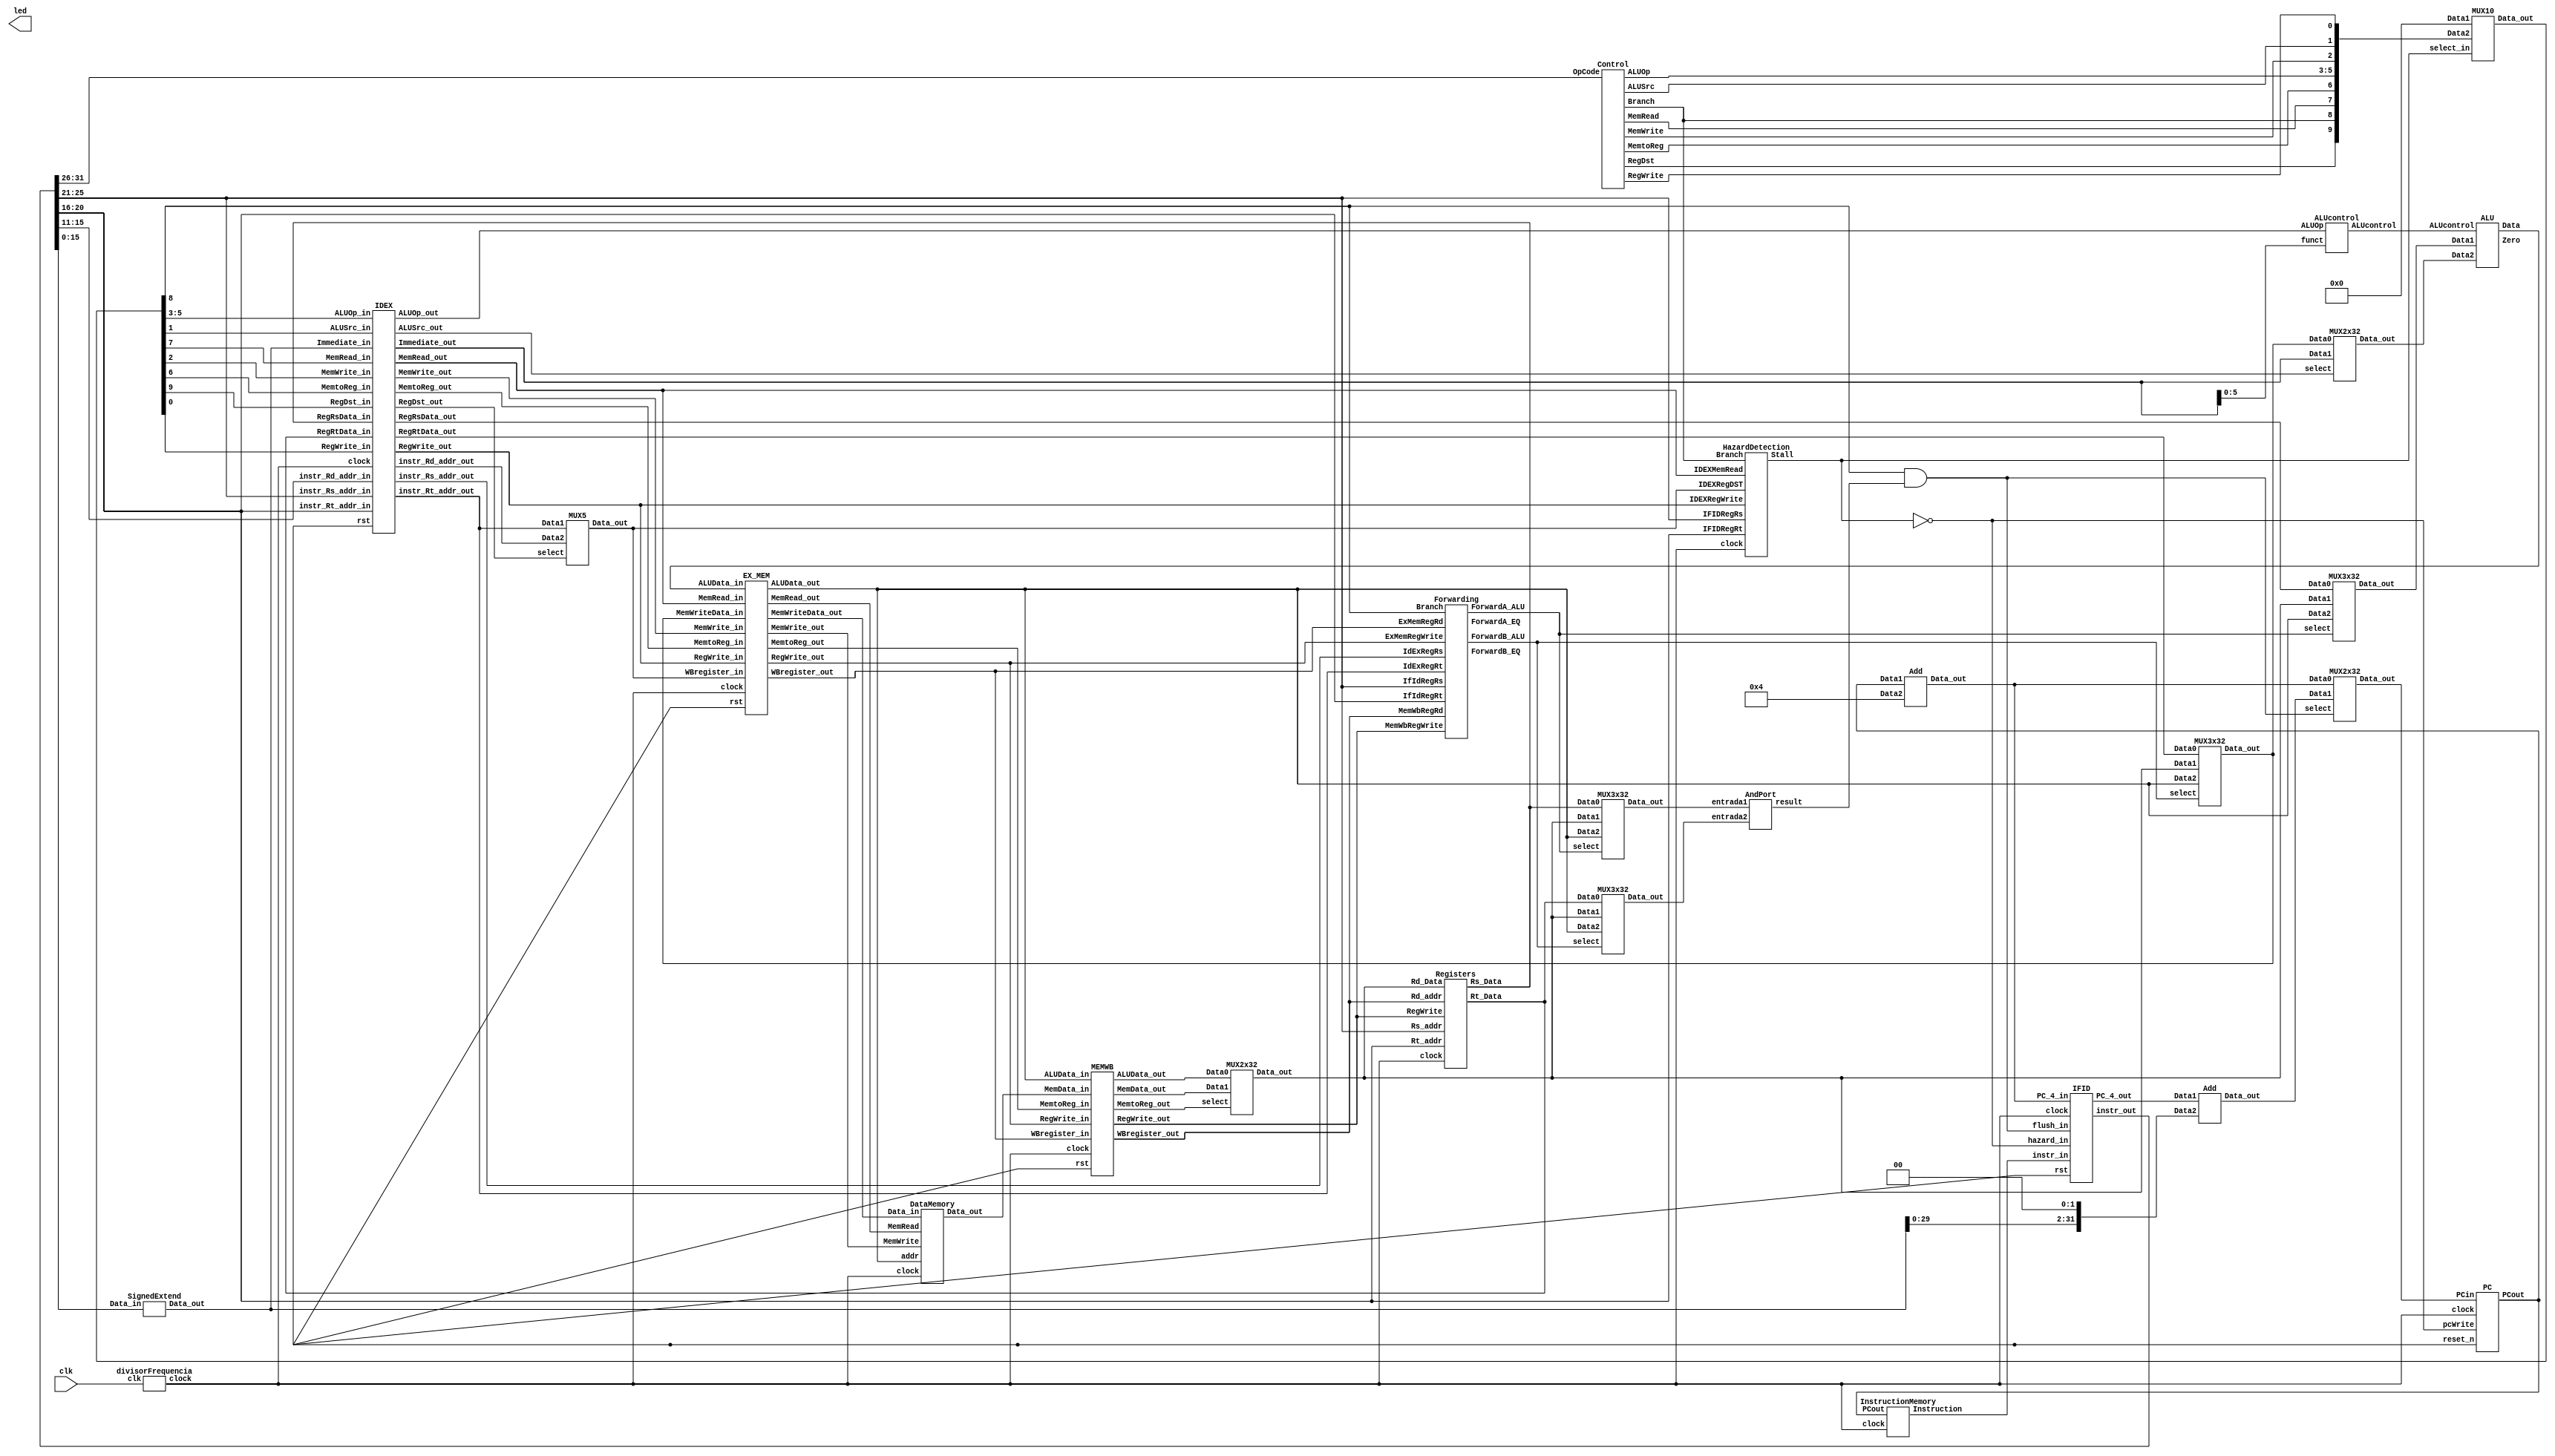
module main(clk,led);
	input clk;
   wire clock;
	reg reset_n;
	wire Branch_Zero,PCWrite;
	wire [1:0] ForwardA_ALU,ForwardB_ALU,ForwardA_EQ,ForwardB_EQ;
	wire [2:0] ALUOp_ID,ALUOp_EX,ALUcontrol;
	wire [4:0] mux_RegDST_EX,mux_RegDST_WB,mux_RegDST_MEM;
	wire [9:0] Ctrl_Code;
	wire [31:0] PC_4_IF,PC_Offset,mux_Branch,pc,Instr_IF,PC_4_ID,Instr_ID,Rs_Data_ID;
	wire [31:0] Rt_Data_ID,Offset,mux_MemtoReg,Immediate_ID,Immediate_EX,Instr_EX;
	wire [31:0] mux_ALUSrc,Rs_Data_EX,Rt_Data_EX,ALUResult_MEM,muxA_ALUsrc,muxB_ALUsrc,ALUResult_EX;
	wire [31:0] muxA_EQsrc,muxB_EQsrc,Rt_Data_MEM,MemData_MEM,MemData_WB,ALUResult_WB;
	wire IFIDWrite,Stall,RegDST_ID,Branch,MemRead_ID,MemtoReg_ID,MemWrite_ID,ALUSrc_ID,RegWrite_ID;
	wire Branch_Taken,RegWrite_EX,MemtoReg_EX;
	wire MemRead_EX,MemWrite_EX,ALUSrc_EX,RegDST_EX,Zero,RegWrite_MEM,MemtoReg_MEM;
	wire MemRead_MEM,MemWrite_MEM,RegWrite_WB,MemtoReg_WB;
       
        output [10:0]led;
	assign led[0] =PCWrite;
   assign led[1] =Branch_Zero;
	assign led[2] =RegWrite_WB;
	assign led[3] =ForwardA_ALU;
	assign led[4] =MemRead_ID;
	assign led[5] =Branch_Taken;
   assign led[6] =RegWrite_EX;        
	assign led[7] =MemtoReg_ID;
	assign led[8] =MemtoReg_EX;
	assign led[9] =clock;
	assign led[10]=ALUResult_EX;
       
	divisorFrequencia divisorFrequencia(clk, clock);
	MUX2x32 MUXBranch(.Data0(PC_4_IF),.Data1(PC_Offset),.select(Branch_Zero),.Data_out(mux_Branch));
	MUX10 ControlStall(.Data1(10'b0),.Data2(Ctrl_Code),.select_in(Stall),.Data_out({RegDST_ID,Branch,MemRead_ID,MemtoReg_ID,ALUOp_ID,MemWrite_ID,ALUSrc_ID,RegWrite_ID}));
	MUX3x32 MUX1EQ(.Data0(Rs_Data_ID),.Data1(mux_MemtoReg),.Data2(ALUResult_MEM),.select(ForwardA_ALU),.Data_out(muxA_EQsrc));
	MUX3x32 MUX2EQ(.Data0(Rt_Data_ID),.Data1(mux_MemtoReg),.Data2(ALUResult_MEM),.select(ForwardB_ALU),.Data_out(muxB_EQsrc));
	MUX5 MUXRegDst(.Data1(Instr_EX[20:16]),.Data2(Instr_EX[15:11]),.select(RegDST_EX),.Data_out(mux_RegDST_EX));
	MUX2x32 MUXALUSrc(.Data0(muxB_ALUsrc),.Data1(Immediate_EX),.select(ALUSrc_EX),.Data_out(mux_ALUSrc));
	MUX3x32 MUX1ALU(.Data0(Rs_Data_EX),.Data1(mux_MemtoReg),.Data2(ALUResult_MEM),.select(ForwardA_ALU),.Data_out(muxA_ALUsrc));
	MUX3x32 MUX2ALU(.Data0(Rt_Data_EX),.Data1(mux_MemtoReg),.Data2(ALUResult_MEM),.select(ForwardB_ALU),.Data_out(muxB_ALUsrc));
	MUX2x32 MUXMemtoReg(.Data0(ALUResult_WB),.Data1(MemData_WB),.select(MemtoReg_WB),.Data_out(mux_MemtoReg));
	
	
	ALUcontrol ALUcontrol_test(.funct(Immediate_EX[5:0]),.ALUOp(ALUOp_EX),.ALUcontrol(ALUcontrol));
	ALU ALU_test(.Data1(muxA_ALUsrc),.Data2(mux_ALUSrc),.ALUcontrol(ALUcontrol),.Data(ALUResult_EX),.Zero(Zero));
	Add Add_test(.Data1(pc),.Data2(32'd4),.Data_out(PC_4_IF));
	AndPort And_test(.entrada1(muxA_EQsrc),.entrada2(muxB_EQsrc),.result(Branch_Taken));
	Add PC_Add_Offset(.Data1(PC_4_ID),.Data2(Offset),.Data_out(PC_Offset));
	Control Control_test(.OpCode(Instr_ID[31:26]),.RegDst(Ctrl_Code[9]),.Branch(Ctrl_Code[8]),.MemRead(Ctrl_Code[7]),.MemtoReg(Ctrl_Code[6]),.ALUOp(Ctrl_Code[5:3]),.MemWrite(Ctrl_Code[2]),.ALUSrc(Ctrl_Code[1]),.RegWrite(Ctrl_Code[0]));
	DataMemory DataMemory_test(.clock(clock),.addr(ALUResult_MEM),.Data_in(Rt_Data_MEM),.MemRead(MemRead_MEM),.MemWrite(MemWrite_MEM),.Data_out(MemData_MEM));
	InstructionMemory InstructionMemory_test(pc,Instr_IF,clock);
	IFID IFID_test(.clock(clock),.rst(reset_n),.PC_4_in(PC_4_IF),.instr_in(Instr_IF),.hazard_in(~Stall),.flush_in(Branch_Zero),.PC_4_out(PC_4_ID),.instr_out(Instr_ID));
	Registers Registers_test(.clock(clock),.Rs_addr(Instr_ID[25:21]),.Rt_addr(Instr_ID[20:16]),.Rd_addr(mux_RegDST_WB),.Rd_Data(mux_MemtoReg),.RegWrite(RegWrite_WB), .Rs_Data(Rs_Data_ID),.Rt_Data(Rt_Data_ID));
	SignedExtend SignedExtend_test(.Data_in(Instr_ID[15:0]),.Data_out(Immediate_ID));
	Forwarding Forwarding_test(.IfIdRegRs(Instr_ID[25:21]),.IfIdRegRt(Instr_ID[20:16]),.IdExRegRs(Instr_EX[25:21]),.IdExRegRt(Instr_EX[20:16]),.ExMemRegWrite(RegWrite_MEM),
			.ExMemRegRd(mux_RegDST_MEM),.MemWbRegWrite(RegWrite_WB),.MemWbRegRd(mux_RegDST_WB),.Branch(Branch),.ForwardA_ALU(ForwardA_ALU),.ForwardB_ALU(ForwardB_ALU),
			.ForwardA_EQ(ForwardA_EQ),.ForwardB_EQ(ForwardB_EQ));
	HazardDetection HazardDetection_test(.IFIDRegRs(Instr_ID[25:21]),.IFIDRegRt(Instr_ID[20:16]),.IDEXMemRead(MemRead_EX),.IDEXRegDST(mux_RegDST_EX),.Branch(Ctrl_Code[8]),.IDEXRegWrite(RegWrite_EX),.Stall(Stall),.clock(clock));
	PC PC(.clock(clock),.reset_n(reset_n),.PCin(mux_Branch),.PCout(pc),.pcWrite(~Stall));
	IDEX IDEX(.clock(clock),.rst(reset_n),.RegWrite_in(RegWrite_ID),.MemtoReg_in(MemtoReg_ID),.MemRead_in(MemRead_ID),.MemWrite_in(MemWrite_ID),.ALUSrc_in(ALUSrc_ID),
			.ALUOp_in(ALUOp_ID),.RegDst_in(RegDST_ID),.RegRsData_in(Rs_Data_ID),.RegRtData_in(Rt_Data_ID),.Immediate_in(Immediate_ID),.instr_Rs_addr_in(Instr_ID[25:21]),
			.instr_Rt_addr_in(Instr_ID[20:16]),.instr_Rd_addr_in(Instr_ID[15:11]),.RegWrite_out(RegWrite_EX),.MemtoReg_out(MemtoReg_EX),.MemRead_out(MemRead_EX),
			.MemWrite_out(MemWrite_EX),.ALUSrc_out(ALUSrc_EX),.ALUOp_out(ALUOp_EX),.RegDst_out(RegDST_EX),.RegRsData_out(Rs_Data_EX),.RegRtData_out(Rt_Data_EX),
			.Immediate_out(Immediate_EX),.instr_Rs_addr_out(Instr_EX[25:21]),.instr_Rt_addr_out(Instr_EX[20:16]),.instr_Rd_addr_out(Instr_EX[15:11]));
	
	EX_MEM EX_MEM_test(.clock(clock),.rst(reset_n),.RegWrite_in(RegWrite_EX),.MemtoReg_in(MemtoReg_EX),.MemRead_in(MemRead_EX),.MemWrite_in(MemWrite_EX),.ALUData_in(ALUResult_EX),
			.MemWriteData_in(muxB_ALUsrc),.WBregister_in(mux_RegDST_EX),.RegWrite_out(RegWrite_MEM),.MemtoReg_out(MemtoReg_MEM),.MemRead_out(MemRead_MEM),
			.MemWrite_out(MemWrite_MEM),.ALUData_out(ALUResult_MEM),.MemWriteData_out(Rt_Data_MEM),.WBregister_out(mux_RegDST_MEM));
	MEMWB MEMWB_test(.clock(clock),.rst(reset_n),.RegWrite_in(RegWrite_MEM),.MemtoReg_in(MemtoReg_MEM),.MemData_in(MemData_MEM),.ALUData_in(ALUResult_MEM),.WBregister_in(mux_RegDST_MEM),
			.RegWrite_out(RegWrite_WB),.MemtoReg_out(MemtoReg_WB),.MemData_out(MemData_WB),.ALUData_out(ALUResult_WB),.WBregister_out(mux_RegDST_WB));
	
	
	assign Offset=Immediate_ID << 2;
	assign Branch_Zero=Branch & Branch_Taken;
	
	
endmodule

module divisorFrequencia (input wire clk, output reg clock = 0);

	reg [31:0] cont = 0;

	always @ (posedge clk)
	begin
		cont = cont + 1;
		
		if(cont == 50000000)
		begin
			clock = ~clock;
			cont = 0;
		end
	end

endmodule

module Control(OpCode, RegDst, Branch, MemRead, MemtoReg, ALUOp, MemWrite, ALUSrc, RegWrite);
	input [5:0] OpCode;
	output RegDst,Branch,MemRead,MemtoReg,MemWrite,ALUSrc,RegWrite;
	output [2:0] ALUOp;
	reg [9:0] out;
   
	assign RegDst = out[9];
	assign Branch = out[8];
	assign MemRead = out[7];
	assign MemtoReg = out[6];
	assign MemWrite = out[5];
	assign ALUSrc = out[4];
	assign RegWrite = out[3];
	assign ALUOp = out[2:0];
   
	always @(OpCode)
		case(OpCode)
			6'b000000: //TIPO R
				out = 10'b1000001100;
			6'b001000: //TIPO Addi
				out = 10'b0000011010;
			6'b001100: //TIPO  Andi
				out = 10'b0000011000;
			6'b001101: //TIPO ORi
				out = 10'b0000011001;
			6'b101011: //TIPO SW
				out = 10'b0000110010;
			6'b100011: //TIPO LW
				out = 10'b0011011010;
			6'b000100: //TIPO BEQ
				out = 10'b0100000011;
		endcase 
endmodule

module ALU(Data1, Data2, ALUcontrol, Data, Zero);
	input [31:0] Data1,Data2;
	input [2:0] ALUcontrol;
	output [31:0] Data;
	output Zero;
	reg [31:0] Data;
	reg Zero;

	always @(Data1 or Data2 or ALUcontrol)begin
	if (~ALUcontrol[2] & ALUcontrol[1] & ~ALUcontrol[0])begin
		Data = Data1 + Data2;
		if (Data == 32'b0)begin
			Zero = 1'b1;
		end
		else begin
			Zero = 1'b0;
		end
	end
	if (ALUcontrol[2] & ALUcontrol[1] & ~ALUcontrol[0])begin
		Data = Data1 - Data2;
		if (Data == 32'b0)begin
			Zero = 1'b1;
		end
		else begin
			Zero = 1'b0;
		end
	end
	if (~ALUcontrol[2] & ~ALUcontrol[1] & ~ALUcontrol[0])begin
		Data = Data1 & Data2;
		if (Data == 32'b0)begin
			Zero = 1'b1;
		end
		else begin
			Zero = 1'b0;
		end
	end
	if (~ALUcontrol[2] & ~ALUcontrol[1] & ALUcontrol[0])begin
		Data = Data1 | Data2;
		if (Data == 32'b0)begin
			Zero = 1'b1;
		end
		else begin
			Zero = 1'b0;
		end
	end
	if (ALUcontrol[2] & ALUcontrol[1] & ALUcontrol[0])begin
		if ((Data1 - Data2) < 0)begin
			Data = 32'b1;
		end
		else begin
			Data = 32'b0;
		end
	end
	end
endmodule

module Add(Data1, Data2, Data_out);
	input [31:0] Data1,Data2;
	output [31:0] Data_out;
	reg [31:0] Data_out;

	always @(Data1 or Data2)begin
		Data_out = Data1 + Data2;
	end
endmodule

module ALUcontrol(funct, ALUOp, ALUcontrol);
	input [5:0] funct;
	input [2:0] ALUOp;
	output [2:0] ALUcontrol;
	reg [2:0] ALUcontrol;

	always @(ALUOp or funct)
    case(ALUOp)
		3'b010:
			ALUcontrol = 3'b010; // LW, SW , ADDI, ADD
		3'b011:
			ALUcontrol = 3'b110; // BEQ, SUB
		3'b000:
			ALUcontrol = 3'b000; // AND ANDI
		3'b001:
			ALUcontrol = 3'b001; // OR, ORI
		3'b100:
	case(funct)
		6'b100000:
			ALUcontrol = 3'b010; // ADD
		6'b100010:
			ALUcontrol = 3'b110; // SUB
		6'b100100:
			ALUcontrol = 3'b000; // AND
		6'b100101:
			ALUcontrol = 3'b001; // OR 
		6'b101010:
			ALUcontrol = 3'b111; // SLT
	endcase 
    endcase 
endmodule

module DataMemory(clock, addr, Data_in, MemRead, MemWrite, Data_out);
	input MemWrite,MemRead, clock;
	input[31:0]addr,Data_in;
	output reg[31:0]Data_out;
	reg[31:0]Memory[256:0];
        initial begin
		Memory[0] = 32'b00000000000000000000000000000001;
		Memory[1] = 32'b00000000000000000000000000000011;
		Memory[2] = 32'b00000000000000000000000000000111;
		Memory[3] = 32'b00000000000000000000000000000010;
		Memory[4] = 32'b00000000000000000000000000000000;
		Memory[5] = 32'b00000000000000000000000000000000;
		Memory[6] = 32'b00000000000000000000000000000000;
      Memory[7] = 32'b00000000000000000000000000000000;
		Memory[8] = 32'b00000000000000000000000000000000;
		Memory[9] = 32'b00000000000000000000000000000000;
		Memory[10] = 32'b00000000000000000000000000000000;
		Memory[11] = 32'b00000000000000000000000000000000;
		Memory[12] = 32'b00000000000000000000000000000000;
		Memory[13] = 32'b00000000000000000000000000000000;
	end

	always @(negedge clock) begin
        if(MemWrite)
        	Memory[addr] <= Data_in;
        if(MemRead)
		Data_out <= Memory[addr];
	end
endmodule

module AndPort(entrada1, entrada2, result);
	input [31:0] entrada1,entrada2;
	output result;

	assign result = (entrada1 == entrada2) ? 1 : 0 ;
endmodule

module MUX2x32(Data0,Data1,select,Data_out);
	input [31:0] Data0,Data1;
	input select;
	output [31:0] Data_out;
	assign Data_out = (select) ? Data1 : Data0;
endmodule

module MUX3x32(Data0,Data1,Data2,select,Data_out);
	input [31:0] Data0,Data1,Data2;
	input [1:0] select;
	output [31:0] Data_out;
	assign Data_out = (select[1]) ? Data2 : ((select[0]) ? Data1 : Data0);
endmodule

module MUX5(Data1,Data2,select,Data_out);
	input [4:0] Data1,Data2;
	input select;
	output [4:0] Data_out;
	assign Data_out = (select) ? Data2 : Data1;
endmodule

module MUX10(Data1, Data2, select_in, Data_out);
	input [9:0] Data1,Data2;
	input select_in;
	output [9:0] Data_out;
	assign Data_out = (select_in) ? Data1 : Data2;
endmodule

module PC(clock,reset_n,PCin,PCout,pcWrite);
	input clock,reset_n,pcWrite;
	input [31:0] PCin;
	output [31:0] PCout;
	reg [31:0] PCout;

	always @(posedge clock or negedge reset_n)begin
		if(~reset_n)begin
			PCout<=32'b0;
		end
		else if(pcWrite)begin
			PCout<=PCin;
		end
	end
endmodule

module Registers (clock,Rs_addr,Rt_addr,Rd_addr,Rd_Data,RegWrite,Rs_Data,Rt_Data);
	input clock,RegWrite;
	input [4:0] Rs_addr,Rt_addr,Rd_addr;
	input [31:0] Rd_Data;
	output [31:0] Rs_Data,Rt_Data;

	reg [31:0] RegistersMemory [0:31];
	initial begin
		RegistersMemory[0] = 32'b00000000000000000000000000000001;
		RegistersMemory[1] = 32'b00000000000000000000000000000001;
		RegistersMemory[2] = 32'b00000000000000000000000000000010;
		RegistersMemory[3] = 32'b00000000000000000000000000000001;
		RegistersMemory[4] = 32'b00000000000000000000000000000000;
		RegistersMemory[5] = 32'b00000000000000000000000000000001;
      RegistersMemory[6] = 32'b00000000000000000000000000000000;
		RegistersMemory[7] = 32'b00000000000000000000000000000001;		
      RegistersMemory[8] = 32'b00000000000000000000000000000101; //T0 = 5
      RegistersMemory[9] = 32'b00000000000000000000000000000100; //T1 = 4
		RegistersMemory[10] = 32'b0000000000000000000000000000101; //T2 = 5
		RegistersMemory[11] = 32'b0000000000000000000000000000100; //T3 = 4
		RegistersMemory[12] = 32'b00000000000000000000000000000001;
		RegistersMemory[13] = 32'b00000000000000000000000000000000;
		RegistersMemory[14] = 32'b00000000000000000000000000000001;
		RegistersMemory[15] = 32'b00000000000000000000000000000000;
      RegistersMemory[16] = 32'b00000000000000000000000000000001;
		RegistersMemory[17] = 32'b00000000000000000000000000000001;
		RegistersMemory[18] = 32'b00000000000000000000000000000010;
		RegistersMemory[19] = 32'b00000000000000000000000000000001;
		RegistersMemory[20] = 32'b00000000000000000000000000000000;
		RegistersMemory[21] = 32'b00000000000000000000000000000001;
		RegistersMemory[22] = 32'b00000000000000000000000000000000;
		RegistersMemory[23] = 32'b00000000000000000000000000000000;
		RegistersMemory[24] = 32'b00000000000000000000000000000001;
		RegistersMemory[25] = 32'b00000000000000000000000000000000;
      RegistersMemory[26] = 32'b00000000000000000000000000000001;
		RegistersMemory[27] = 32'b00000000000000000000000000000001;
		RegistersMemory[28] = 32'b00000000000000000000000000000010;
		RegistersMemory[29] = 32'b00000000000000000000000000000001;
		RegistersMemory[30] = 32'b00000000000000000000000000000000;
		RegistersMemory[31] = 32'b00000000000000000000000000000001;
	end
    
	assign Rs_Data=(Rs_addr==5'b0) ? 32'b0 : RegistersMemory[Rs_addr];
	assign Rt_Data=(Rt_addr==5'b0) ? 32'b0 : RegistersMemory[Rt_addr];

	
	always @(negedge clock)begin
		if(RegWrite)
			RegistersMemory[Rd_addr] <= Rd_Data;
	end
endmodule

module SignedExtend(Data_in,Data_out);
	input [15:0] Data_in;
	output [31:0] Data_out;

	assign Data_out = {{16{Data_in[15]}}, Data_in};
endmodule

module InstructionMemory(PCout,Instruction,clock);
	input[31:0]PCout;
        input clock;
	output reg[31:0]Instruction;
	reg[31:0]Memory[31:0];
	initial begin
		//Memory[0] = 32'b00000001010010111011000000100010; //sub
		//Memory[1] = 32'b00000001000010011010100000100000; //add
		
		Memory[0] = 32'b00000010010000000101100000100000;
		Memory[1] = 32'b00000000000100100101100000100100;
		Memory[2] = 32'b00000010010100110101100000100101;
		Memory[3] = 32'b00000010010000000101100000100010;
		Memory[4] = 32'b00000000000100100101100000101010;
		Memory[5] = 32'b10001100000000000000000000000000;
		Memory[6] = 32'b10101111101010000000000000101000;
      Memory[7] = 32'b00010000001000100000000000000100;
      
		/*
		Memory[0] = 32'b00000010010000000101100000100000;
		Memory[1] = 32'b00000000000100100101100000100100;
		*/
	end
	always @(posedge clock) begin
		Instruction=Memory[PCout/4];
	end
endmodule

/*
PIPELINE
*/

module EX_MEM(clock,rst,RegWrite_in,MemtoReg_in,MemRead_in,MemWrite_in,ALUData_in,MemWriteData_in,WBregister_in,RegWrite_out,MemtoReg_out,MemRead_out,
		MemWrite_out,ALUData_out,MemWriteData_out,WBregister_out);
	input clock,rst,RegWrite_in,MemtoReg_in,MemRead_in,MemWrite_in;
	input [31:0] ALUData_in,MemWriteData_in;
	input [4:0] WBregister_in;
	output RegWrite_out,MemtoReg_out,MemRead_out,MemWrite_out;
	output [31:0] ALUData_out,MemWriteData_out;
	output [4:0] WBregister_out;
	reg RegWrite_out,MemtoReg_out,MemRead_out,MemWrite_out;
	reg [31:0] ALUData_out,MemWriteData_out;
	reg	[4:0] WBregister_out;

	always @(posedge clock or negedge rst)begin
		if(~rst)begin
			RegWrite_out<=1'b0;
			MemtoReg_out<=1'b0;
			MemRead_out<=1'b0;
			MemWrite_out<=1'b0;
			ALUData_out<=32'b0;
			MemWriteData_out<=32'b0;
			WBregister_out<=5'b0;		
		end
		else begin
			RegWrite_out<=RegWrite_in;
			MemtoReg_out<=MemtoReg_in;
			MemRead_out<=MemRead_in;
			MemWrite_out<=MemWrite_in;
			ALUData_out<=ALUData_in;
			MemWriteData_out<=MemWriteData_in;
			WBregister_out<=WBregister_in;	
		end
	end
endmodule

module Forwarding(IfIdRegRs,IfIdRegRt,Branch,IdExRegRs,IdExRegRt,ExMemRegWrite,ExMemRegRd,MemWbRegWrite,MemWbRegRd,ForwardA_ALU,ForwardB_ALU,ForwardA_EQ,ForwardB_EQ);
	input [4:0] IdExRegRs,IdExRegRt,ExMemRegRd,MemWbRegRd,IfIdRegRs,IfIdRegRt; 
	input ExMemRegWrite,MemWbRegWrite,Branch;
	output [1:0] ForwardA_ALU,ForwardB_ALU,ForwardA_EQ,ForwardB_EQ;
	reg [1:0] ForwardA_ALU,ForwardB_ALU,ForwardA_EQ,ForwardB_EQ;

	initial begin
		ForwardA_ALU = 2'b00;
		ForwardB_ALU = 2'b00;
		ForwardA_EQ = 2'b00;
		ForwardB_EQ = 2'b00;
	end

	always @(IdExRegRs or IdExRegRt or ExMemRegRd or MemWbRegRd or IfIdRegRs or IfIdRegRt or ExMemRegWrite or MemWbRegWrite) begin
	if (ExMemRegWrite && (ExMemRegRd != 5'b0) && (ExMemRegRd == IdExRegRs)) 
		ForwardA_ALU <= 2'b10;
	else if (MemWbRegWrite && (MemWbRegRd != 5'b0) && (MemWbRegRd == IdExRegRs))
		ForwardA_ALU <= 2'b01;
	else
		ForwardA_ALU <= 2'b00;
	if (ExMemRegWrite && (ExMemRegRd != 5'b0) && (ExMemRegRd == IdExRegRt))
		ForwardB_ALU <= 2'b10;
	else if (MemWbRegWrite && (MemWbRegRd != 5'b0) && (MemWbRegRd == IdExRegRt))
		ForwardB_ALU <= 2'b01;
	else
		ForwardB_ALU <= 2'b00;
	if (Branch)begin
		if (ExMemRegWrite && (ExMemRegRd != 5'b0) && (ExMemRegRd == IfIdRegRs)) 
			ForwardA_EQ <= 2'b10;
		else if (MemWbRegWrite && (MemWbRegRd != 5'b0) && (MemWbRegRd == IfIdRegRs))
			ForwardA_EQ <= 2'b01;
		else
			ForwardA_EQ <= 2'b00;
		if (ExMemRegWrite && (ExMemRegRd != 5'b0) && (ExMemRegRd == IfIdRegRt))
			ForwardB_EQ <= 2'b10;
		else if (MemWbRegWrite && (MemWbRegRd != 5'b0) && (MemWbRegRd == IfIdRegRt))
			ForwardB_EQ <= 2'b01;
		else
			ForwardB_EQ <= 2'b00;
		end
	end
endmodule

module HazardDetection(IFIDRegRs,IFIDRegRt,IDEXRegDST,IDEXMemRead,IDEXRegWrite,Branch,Stall,clock);
	input [4:0] IFIDRegRs,IFIDRegRt,IDEXRegDST;
	input IDEXMemRead,Branch,IDEXRegWrite,clock;
	output Stall;
	reg Stall,Stall2;

	initial	begin
		Stall <= 0;
		Stall2 <= 0;
	end

	always @ (negedge clock) begin
		Stall <= 0;
		if (Branch)begin
			if (IDEXMemRead && ((IFIDRegRs == IDEXRegDST) || (IFIDRegRt == IDEXRegDST)))begin
				Stall <= 1;
				Stall2 <= 1;
			end 
			else if (IDEXRegWrite && ((IFIDRegRs == IDEXRegDST) || (IFIDRegRt == IDEXRegDST)))begin
				Stall <= 1;
				Stall2 <= 0;
    	    end 
			else if (Stall2)begin
				Stall <= 1;
				Stall2 <= 0;
    		end
		end 
		else 
		if (IDEXMemRead && ((IFIDRegRs == IDEXRegDST) || (IFIDRegRt == IDEXRegDST)))begin
			Stall <= 1;
			Stall2 <= 0;
		end 
		else begin
			Stall <= 0; 
        end
	end
endmodule


module IDEX(clock,rst,RegWrite_in,MemtoReg_in,MemRead_in,MemWrite_in,ALUSrc_in,ALUOp_in,RegDst_in,RegRsData_in,RegRtData_in,Immediate_in,instr_Rs_addr_in,
		instr_Rt_addr_in,instr_Rd_addr_in,RegWrite_out,MemtoReg_out,MemRead_out,MemWrite_out,ALUSrc_out,ALUOp_out,RegDst_out,RegRsData_out,RegRtData_out,
		Immediate_out,instr_Rs_addr_out,instr_Rt_addr_out,instr_Rd_addr_out);
	input clock,rst,RegWrite_in,MemtoReg_in,MemRead_in,MemWrite_in,ALUSrc_in,RegDst_in;
	input [2:0] ALUOp_in;
	input [31:0] RegRsData_in,RegRtData_in,Immediate_in;
	input [4:0] instr_Rs_addr_in,instr_Rt_addr_in,instr_Rd_addr_in;
	output RegWrite_out,MemtoReg_out,MemRead_out,MemWrite_out,ALUSrc_out,RegDst_out;
	output [2:0] ALUOp_out;
	output [31:0] RegRsData_out,RegRtData_out,Immediate_out;
	output [4:0] instr_Rs_addr_out,instr_Rt_addr_out,instr_Rd_addr_out;
	reg RegWrite_out,MemtoReg_out,MemRead_out,MemWrite_out,ALUSrc_out,RegDst_out;
	reg [2:0] ALUOp_out;
	reg	[31:0] RegRsData_out,RegRtData_out,Immediate_out;
	reg	[4:0] instr_Rs_addr_out,instr_Rt_addr_out,instr_Rd_addr_out;

	always @(posedge clock or negedge rst)begin
		if(~rst)begin
			RegWrite_out<=1'b0;
			MemtoReg_out<=1'b0;
			MemRead_out<=1'b0;
			MemWrite_out<=1'b0;
			ALUSrc_out<=1'b0;
			ALUOp_out<=3'b0;
			RegDst_out<=1'b0;
			RegRsData_out<=32'b0;
			RegRtData_out<=32'b0;
			Immediate_out<=32'b0;
			instr_Rs_addr_out<=5'b0;
			instr_Rt_addr_out<=5'b0;
			instr_Rd_addr_out<=5'b0;
		end
		else begin
			RegWrite_out<=RegWrite_in;
			MemtoReg_out<=MemtoReg_in;
			MemRead_out<=MemRead_in;
			MemWrite_out<=MemWrite_in;
			ALUSrc_out<=ALUSrc_in;
			ALUOp_out<=ALUOp_in;
			RegDst_out<=RegDst_in;
			RegRsData_out<=RegRsData_in;
			RegRtData_out<=RegRtData_in;
			Immediate_out<=Immediate_in;
			instr_Rs_addr_out<=instr_Rs_addr_in;
			instr_Rt_addr_out<=instr_Rt_addr_in;
			instr_Rd_addr_out<=instr_Rd_addr_in;
		end
	end
endmodule

module IFID(clock,rst,PC_4_in,instr_in,hazard_in,flush_in,PC_4_out,instr_out);
	input clock,rst,hazard_in,flush_in;
	input [31:0] PC_4_in,instr_in;
	output [31:0] PC_4_out,instr_out;
	reg [31:0] PC_4_out,instr_out;

	always @(posedge clock or negedge rst)begin
		if(~rst)begin
			PC_4_out <=  32'b0;
			instr_out <= 32'b0;
		end
		else begin
			if(~hazard_in)begin
				PC_4_out <= PC_4_out;
				instr_out <= instr_out;
			end
			else begin
				if(flush_in)begin
					PC_4_out <= 32'b0;
					instr_out <= 32'b0;
				end
				else begin
					PC_4_out <= PC_4_in;
					instr_out <= instr_in;
				end
			end
		end
	end
endmodule

module MEMWB(clock,rst,RegWrite_in,MemtoReg_in,MemData_in,ALUData_in,WBregister_in,RegWrite_out,MemtoReg_out,MemData_out,ALUData_out,WBregister_out);
	input clock,rst,RegWrite_in,MemtoReg_in;
	input [31:0] MemData_in,ALUData_in;
	input [4:0] WBregister_in;
	output RegWrite_out,MemtoReg_out;
	output [31:0] MemData_out,ALUData_out;
	output [4:0] WBregister_out;
	reg	RegWrite_out,MemtoReg_out;
	reg	[31:0] MemData_out,ALUData_out;
	reg	[4:0] WBregister_out;

	always @(posedge clock or negedge rst)begin
		if(~rst)begin
			RegWrite_out<=1'b0;
			MemtoReg_out<=1'b0;
			MemData_out<=32'b0;
			ALUData_out<=32'b0;
			WBregister_out<=5'b0;
		end
		else begin
			RegWrite_out<=RegWrite_in;
			MemtoReg_out<=MemtoReg_in;
			MemData_out<=MemData_in;
			ALUData_out<=ALUData_in;
			WBregister_out<=WBregister_in;
		end
	end
endmodule